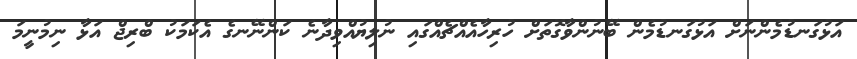
އަޅުގަނޑުމެންނަށް އަޅުގަނޑުމެން ބޭނުންވާގޮތަށް ހުރިހާއެއްޗެއްގައި ނުލިޔުއްވިދާނެ ކަންނޭނގެ އެކަމަކު ބްރިޖް އަޅާ ނިމުނީމަ